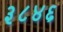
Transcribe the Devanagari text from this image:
३८४६